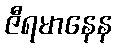
ဇီရမာနေန